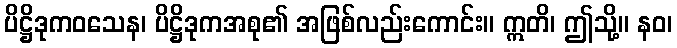
ပိဋ္ဌိဒုကဝသေန၊ ပိဋ္ဌိဒုကအစု၏ အဖြစ်လည်းကောင်း။ ဣတိ၊ ဤသို့။ နဝ၊